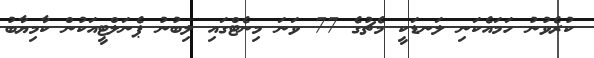
ކުރެވުނު ހަމައެކަނި ލަނޑަކީ މެޗުގެ 77 ވަނަ މިނެޓްގައި ލިބުނު ޕެނަލްޓީއަކުން ކާމިޔާބު